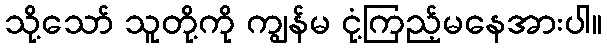
သို့သော် သူတို့ကို ကျွန်မ ငုံ့ကြည့်မနေအားပါ။